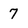
Character: 7